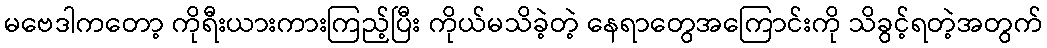
မဗေဒါကတော့ ကိုရီးယားကားကြည့်ပြီး ကိုယ်မသိခဲ့တဲ့ နေရာတွေအကြောင်းကို သိခွင့်ရတဲ့အတွက်